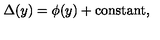
\Delta ( y ) = \phi ( y ) + \mathrm { c o n s t a n t } ,